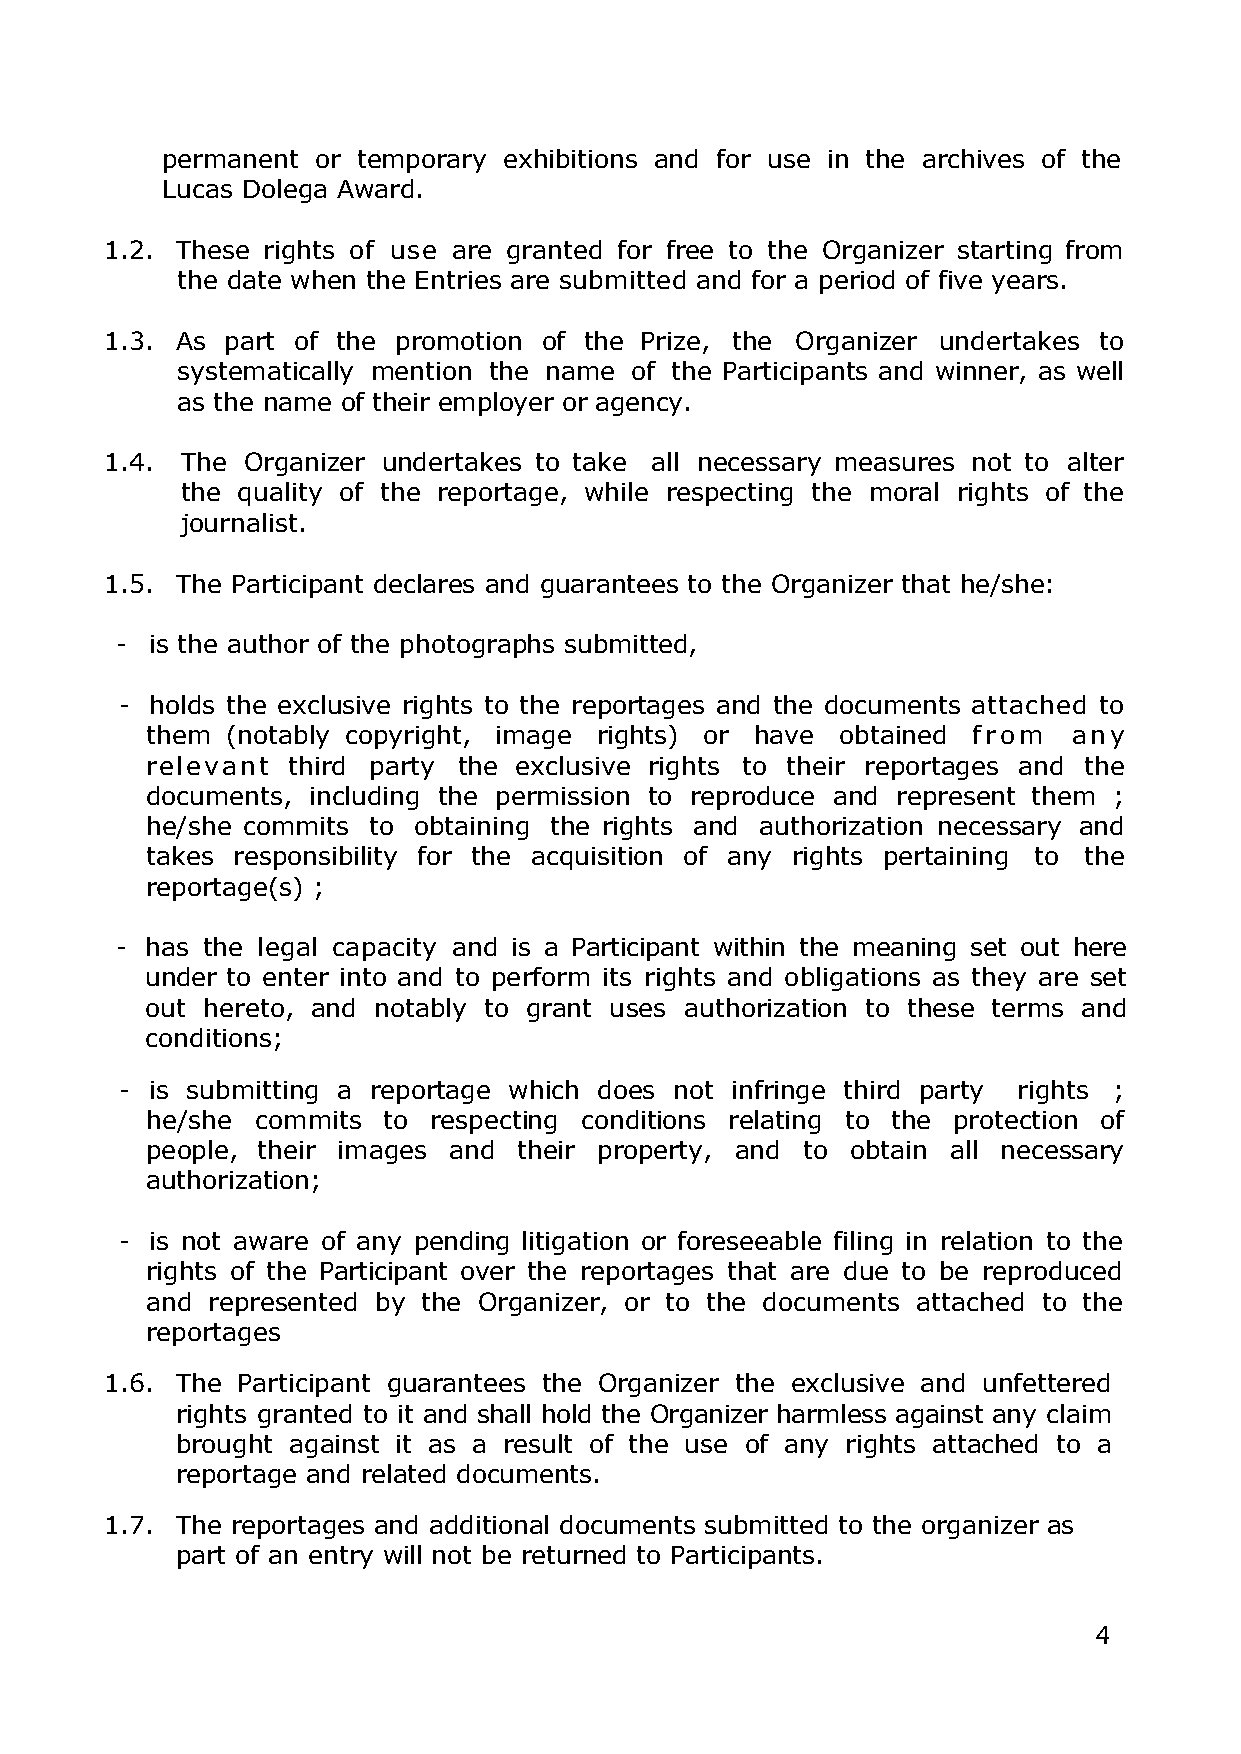
permanent or temporary exhibitions and for use in the archives of the
 Lucas Dolega Award.
 1.2. These rights of use are granted for free to the Organizer starting from
 the date when the Entries are submitted and for a period of five years.
 1.3. As part of the promotion of the Prize, the Organizer undertakes to
 systematically mention the name of the Participants and winner, as well
 as the name of their employer or agency.
 1.4. The Organizer undertakes to take all necessary measures not to alter
 the quality of the reportage, while respecting the moral rights of the
 journalist.
 1.5. The Participant declares and guarantees to the Organizer that he/she:
 - is the author of the photographs submitted,
 - holds the exclusive rights to the reportages and the documents attached to
 them (notably copyright, image rights) or have obtained f r o m an y
 relevant third party the exclusive rights to their reportages and the
 documents, including the permission to reproduce and represent them ;
 he/she commits to obtaining the rights and authorization necessary and
 takes responsibility for the acquisition of any rights pertaining to the
 reportage(s) ;
 - has the legal capacity and is a Participant within the meaning set out here
 under to enter into and to perform its rights and obligations as they are set
 out hereto, and notably to grant uses authorization to these terms and
 conditions;
 - is submitting a reportage which does not infringe third party rights ;
 he/she commits to respecting conditions relating to the protection of
 people, their images and their property, and to obtain all necessary
 authorization;
 - is not aware of any pending litigation or foreseeable filing in relation to the
 rights of the Participant over the reportages that are due to be reproduced
 and represented by the Organizer, or to the documents attached to the
 reportages
 1.6. The Participant guarantees the Organizer the exclusive and unfettered
 rights granted to it and shall hold the Organizer harmless against any claim
 brought against it as a result of the use of any rights attached to a
 reportage and related documents.
 1.7. The reportages and additional documents submitted to the organizer as
 part of an entry will not be returned to Participants.
 4